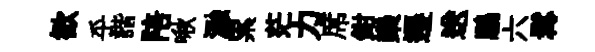
歓乎諧陪啾瀜累茫力席鉗欒遷送鵬六髯